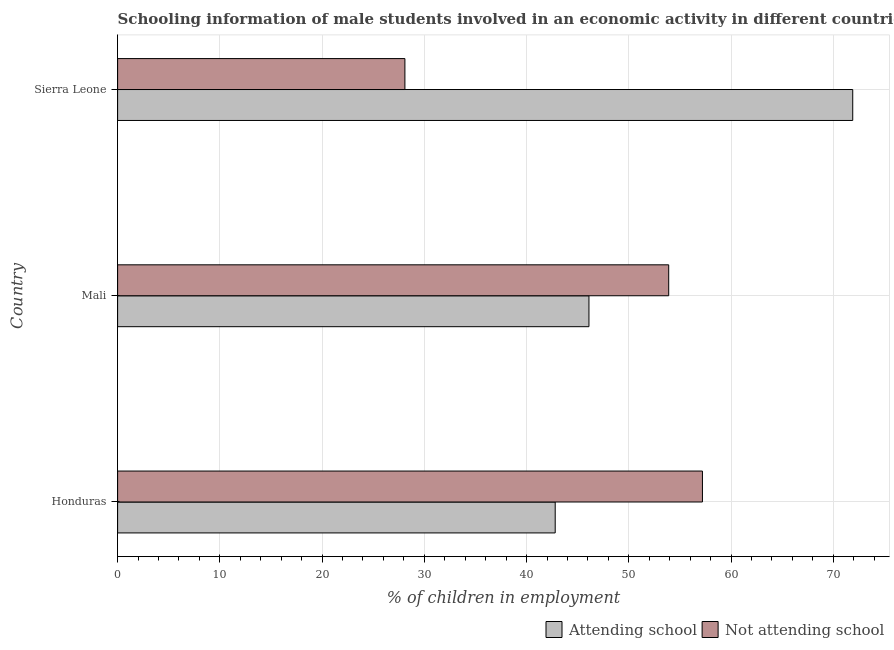
| Country | Attending school | Not attending school |
 | --- | --- | --- |
 | Honduras | 42.8 | 57.2 |
 | Mali | 46.1 | 53.9 |
 | Sierra Leone | 71.9 | 28.1 |